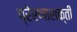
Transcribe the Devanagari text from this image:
प्रेरणाशक्ती